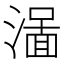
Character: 𱨭